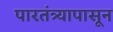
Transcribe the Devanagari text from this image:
पारतंत्र्यापासून